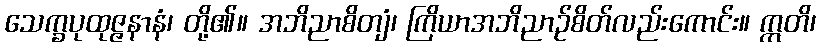
သေက္ခပုထုဇ္ဇနာနံ၊ တို့၏။ အဘိညာစိတျံ၊ ကြိယာအဘိညာဉ်စိတ်လည်းကောင်း။ ဣတိ၊